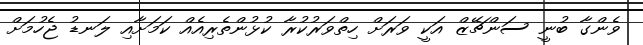
ވެންގާ ބުނީ ސަންޗޭޒް އަކީ ވަރަށް ހިތްވަރުކުރާ ކުޅުންތެރިއެއް ކަމަށާއި ލަނޑު ޖެހުމަށް